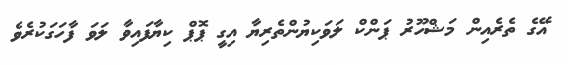
އޭގެ ތެރެއިން މަޝްހޫރު ޕަންކް ލަވަކިޔުންތެރިޔާ އިގީ ޕޮޕް ކިޔާފައިވާ ލަވަ ފާހަގަކުރެވެ